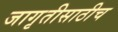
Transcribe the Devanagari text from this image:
जागृतीसाठीच